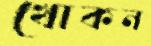
খোকন